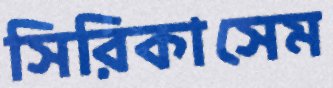
সিরিকাসেম